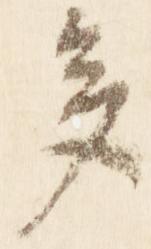
多